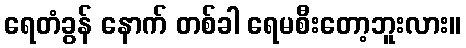
ရေတံခွန် နောက် တစ်ခါ ရေမစီးတော့ဘူးလား။